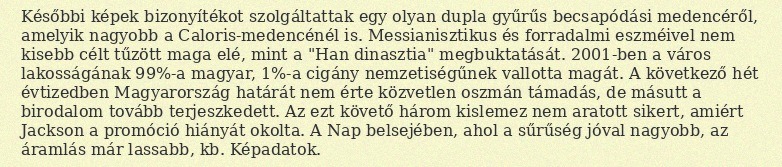
Későbbi képek bizonyítékot szolgáltattak egy olyan dupla gyűrűs becsapódási medencéről, amelyik nagyobb a Caloris-medencénél is. Messianisztikus és forradalmi eszméivel nem kisebb célt tűzött maga elé, mint a "Han dinasztia" megbuktatását. 2001-ben a város lakosságának 99%-a magyar, 1%-a cigány nemzetiségűnek vallotta magát. A következő hét évtizedben Magyarország határát nem érte közvetlen oszmán támadás, de másutt a birodalom tovább terjeszkedett. Az ezt követő három kislemez nem aratott sikert, amiért Jackson a promóció hiányát okolta. A Nap belsejében, ahol a sűrűség jóval nagyobb, az áramlás már lassabb, kb. Képadatok.